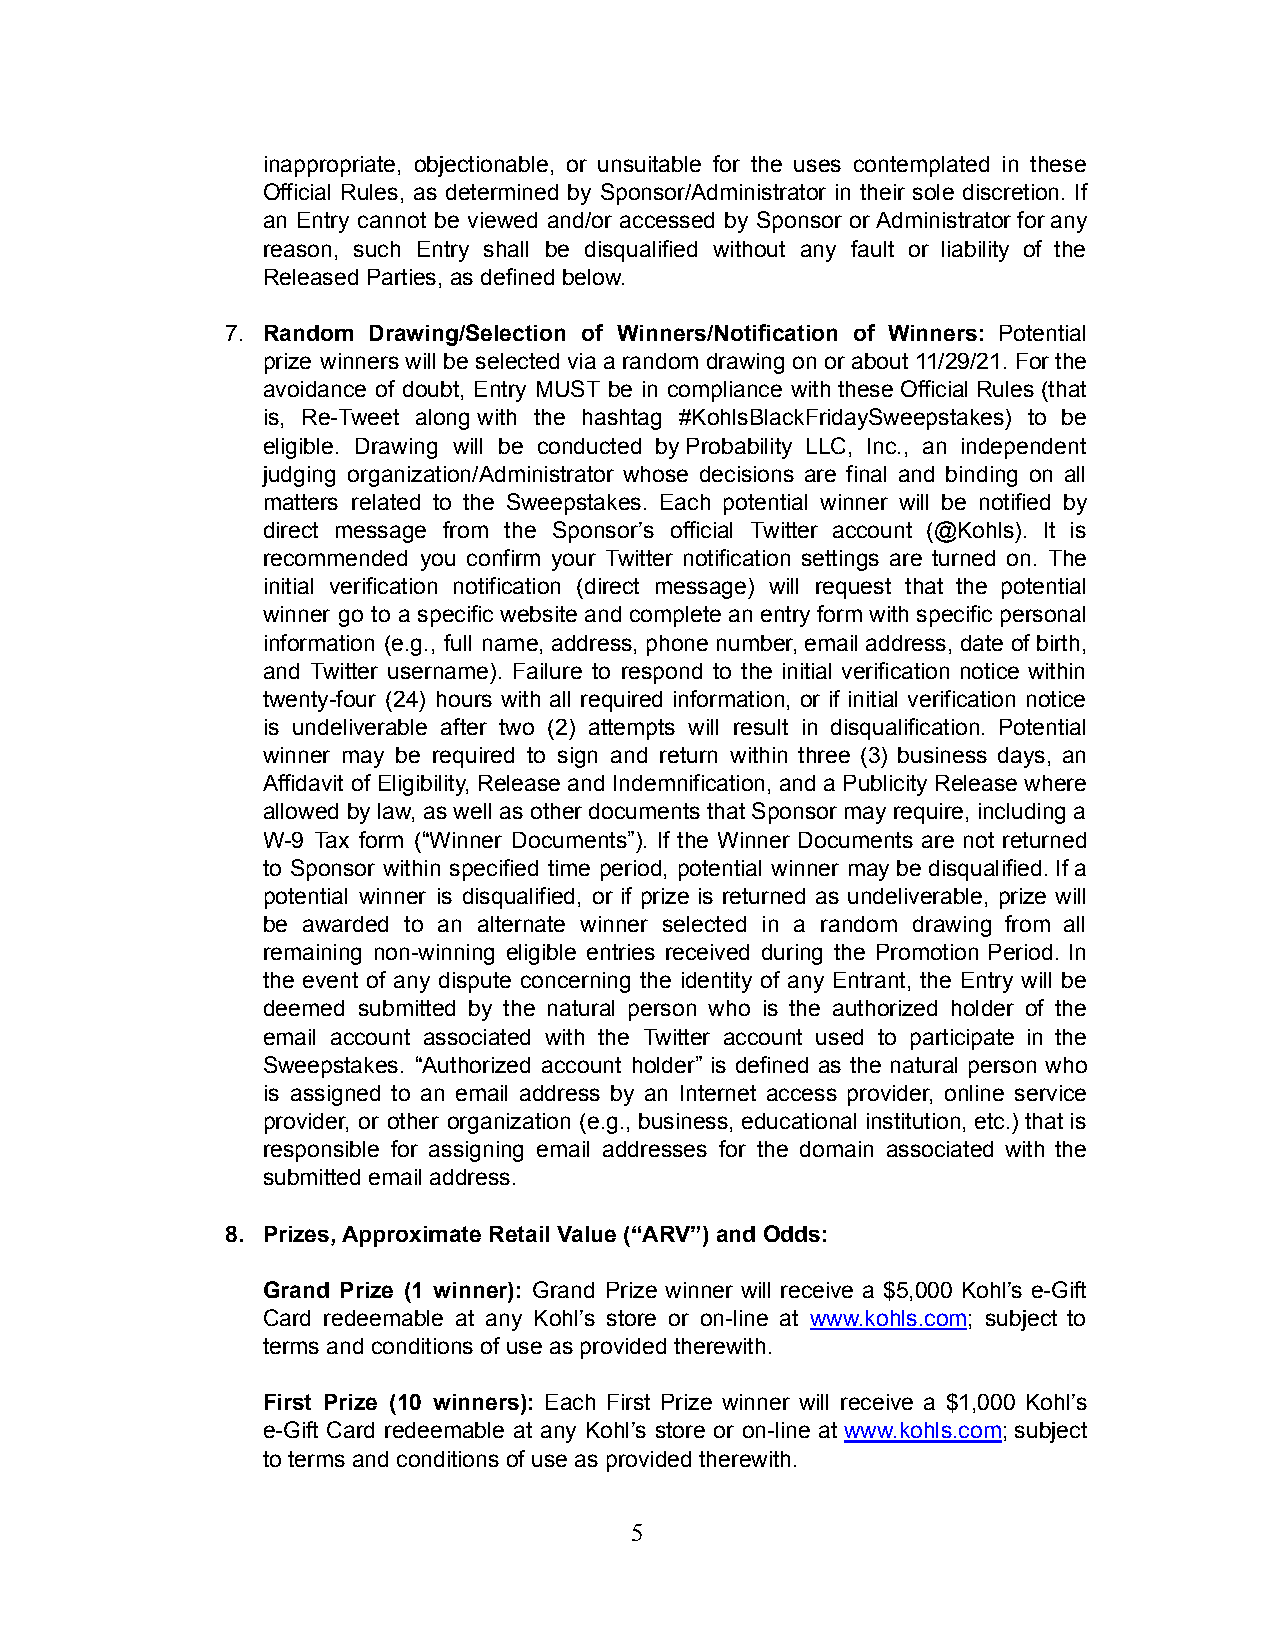
inappropriate, objectionable, or unsuitable for the uses contemplated in these
 Official Rules, as determined by Sponsor/Administrator in their sole discretion. If
 an Entry cannot be viewed and/or accessed by Sponsor or Administrator for any
 reason, such Entry shall be disqualified without any fault or liability of the
 Released Parties, as defined below.
 7. Random Drawing/Selection of Winners/Notification of Winners: Potential
 prize winners will be selected via a random drawing on or about 11/29/21. For the
 avoidance of doubt, Entry MUST be in compliance with these Official Rules (that
 is, Re-Tweet along with the hashtag #KohlsBlackFridaySweepstakes) to be
 eligible. Drawing will be conducted by Probability LLC, Inc., an independent
 judging organization/Administrator whose decisions are final and binding on all
 matters related to the Sweepstakes. Each potential winner will be notified by
 direct message from the Sponsor’s official Twitter account (@Kohls). It is
 recommended you confirm your Twitter notification settings are turned on. The
 initial verification notification (direct message) will request that the potential
 winner go to a specific website and complete an entry form with specific personal
 information (e.g., full name, address, phone number, email address, date of birth,
 and Twitter username). Failure to respond to the initial verification notice within
 twenty-four (24) hours with all required information, or if initial verification notice
 is undeliverable after two (2) attempts will result in disqualification. Potential
 winner may be required to sign and return within three (3) business days, an
 Affidavit of Eligibility, Release and Indemnification, and a Publicity Release where
 allowed by law, as well as other documents that Sponsor may require, including a
 W-9 Tax form (“Winner Documents”). If the Winner Documents are not returned
 to Sponsor within specified time period, potential winner may be disqualified. If a
 potential winner is disqualified, or if prize is returned as undeliverable, prize will
 be awarded to an alternate winner selected in a random drawing from all
 remaining non-winning eligible entries received during the Promotion Period. In
 the event of any dispute concerning the identity of any Entrant, the Entry will be
 deemed submitted by the natural person who is the authorized holder of the
 email account associated with the Twitter account used to participate in the
 Sweepstakes. “Authorized account holder” is defined as the natural person who
 is assigned to an email address by an Internet access provider, online service
 provider, or other organization (e.g., business, educational institution, etc.) that is
 responsible for assigning email addresses for the domain associated with the
 submitted email address.
 8. Prizes, Approximate Retail Value (“ARV”) and Odds:
 Grand Prize (1 winner): Grand Prize winner will receive a $5,000 Kohl’s e-Gift
 Card redeemable at any Kohl’s store or on-line at www.kohls.com; subject to
 terms and conditions of use as provided therewith.
 First Prize (10 winners): Each First Prize winner will receive a $1,000 Kohl’s
 e-Gift Card redeemable at any Kohl’s store or on-line at www.kohls.com; subject
 to terms and conditions of use as provided therewith.
 5